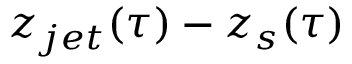
z _ { j e t } ( \tau ) - z _ { s } ( \tau )